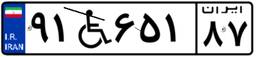
۹۱W۶۵۱۸۷